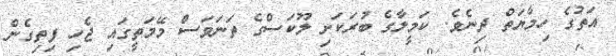
އަތުގެ ހިމާޔަތް ދިނެވެ. ކަމީލާގެ ބުރަކަށި ލޫކަސްގެ ތަނަވަސް މޭމަތީގައި ޖެހި ފިތިގެން